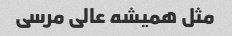
مثل همیشه عالی مرسی